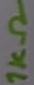
Text: 1KΩ